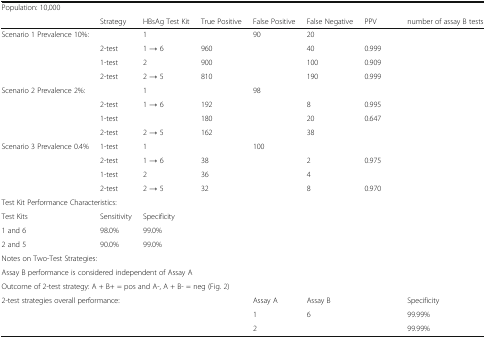
<table><thead><tr><td><b>Population: 10,000</b></td><td>[EMPTY_CELL]</td><td>[EMPTY_CELL]</td><td>[EMPTY_CELL]</td><td>[EMPTY_CELL]</td><td>[EMPTY_CELL]</td><td>[EMPTY_CELL]</td><td>[EMPTY_CELL]</td></tr><tr><td>[EMPTY_CELL]</td><td><b>Strategy</b></td><td><b>HBsAg Test Kit</b></td><td><b>True Positive</b></td><td><b>False Positive</b></td><td><b>False Negative</b></td><td><b>PPV</b></td><td><b>number of assay B tests</b></td></tr></thead><tbody><tr><td rowspan="4">Scenario 1 Prevalence 10%:</td><td>[EMPTY_CELL]</td><td>1</td><td>[EMPTY_CELL]</td><td>90</td><td>20</td><td>[EMPTY_CELL]</td><td>[EMPTY_CELL]</td></tr><tr><td>2-test</td><td>1 → 6</td><td>960</td><td>[EMPTY_CELL]</td><td>40</td><td>0.999</td><td>[EMPTY_CELL]</td></tr><tr><td>1-test</td><td>2</td><td>900</td><td>[EMPTY_CELL]</td><td>100</td><td>0.909</td><td>[EMPTY_CELL]</td></tr><tr><td>2-test</td><td>2 → 5</td><td>810</td><td>[EMPTY_CELL]</td><td>190</td><td>0.999</td><td>[EMPTY_CELL]</td></tr><tr><td rowspan="4">Scenario 2 Prevalence 2%:</td><td>[EMPTY_CELL]</td><td>1</td><td>[EMPTY_CELL]</td><td>98</td><td>[EMPTY_CELL]</td><td>[EMPTY_CELL]</td><td>[EMPTY_CELL]</td></tr><tr><td>2-test</td><td>1 → 6</td><td>192</td><td>[EMPTY_CELL]</td><td>8</td><td>0.995</td><td>[EMPTY_CELL]</td></tr><tr><td>1-test</td><td>[EMPTY_CELL]</td><td>180</td><td>[EMPTY_CELL]</td><td>20</td><td>0.647</td><td>[EMPTY_CELL]</td></tr><tr><td>2-test</td><td>2 → 5</td><td>162</td><td>[EMPTY_CELL]</td><td>38</td><td>[EMPTY_CELL]</td><td>[EMPTY_CELL]</td></tr><tr><td rowspan="4">Scenario 3 Prevalence 0.4%</td><td>1-test</td><td>1</td><td>[EMPTY_CELL]</td><td>100</td><td>[EMPTY_CELL]</td><td>[EMPTY_CELL]</td><td>[EMPTY_CELL]</td></tr><tr><td>2-test</td><td>1 → 6</td><td>38</td><td>[EMPTY_CELL]</td><td>2</td><td>0.975</td><td>[EMPTY_CELL]</td></tr><tr><td>1-test</td><td>2</td><td>36</td><td>[EMPTY_CELL]</td><td>4</td><td>[EMPTY_CELL]</td><td>[EMPTY_CELL]</td></tr><tr><td>2-test</td><td>2 → 5</td><td>32</td><td>[EMPTY_CELL]</td><td>8</td><td>0.970</td><td>[EMPTY_CELL]</td></tr><tr><td colspan="7">Test Kit Performance Characteristics:</td><td>[EMPTY_CELL]</td></tr><tr><td>Test Kits</td><td>Sensitivity</td><td>Specificity</td><td>[EMPTY_CELL]</td><td>[EMPTY_CELL]</td><td>[EMPTY_CELL]</td><td>[EMPTY_CELL]</td><td>[EMPTY_CELL]</td></tr><tr><td>1 and 6</td><td>98.0%</td><td>99.0%</td><td>[EMPTY_CELL]</td><td>[EMPTY_CELL]</td><td>[EMPTY_CELL]</td><td>[EMPTY_CELL]</td><td>[EMPTY_CELL]</td></tr><tr><td>2 and 5</td><td>90.0%</td><td>99.0%</td><td>[EMPTY_CELL]</td><td>[EMPTY_CELL]</td><td>[EMPTY_CELL]</td><td>[EMPTY_CELL]</td><td>[EMPTY_CELL]</td></tr><tr><td colspan="8">Notes on Two-Test Strategies:</td></tr><tr><td colspan="7">Assay B performance is considered independent of Assay A</td><td>[EMPTY_CELL]</td></tr><tr><td colspan="7">Outcome of 2-test strategy: A + B+ = pos and A-, A + B- = neg (Fig. 2)</td><td>[EMPTY_CELL]</td></tr><tr><td colspan="4">2-test strategies overall performance:</td><td>Assay A</td><td>Assay B</td><td>[EMPTY_CELL]</td><td>Specificity</td></tr><tr><td>[EMPTY_CELL]</td><td>[EMPTY_CELL]</td><td>[EMPTY_CELL]</td><td>[EMPTY_CELL]</td><td>1</td><td>6</td><td>[EMPTY_CELL]</td><td>99.99%</td></tr><tr><td>[EMPTY_CELL]</td><td>[EMPTY_CELL]</td><td>[EMPTY_CELL]</td><td>[EMPTY_CELL]</td><td>2</td><td>[EMPTY_CELL]</td><td>[EMPTY_CELL]</td><td>99.99%</td></tr></tbody></table>